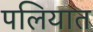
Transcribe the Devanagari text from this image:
पलियात